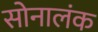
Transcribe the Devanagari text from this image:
सोनालंक